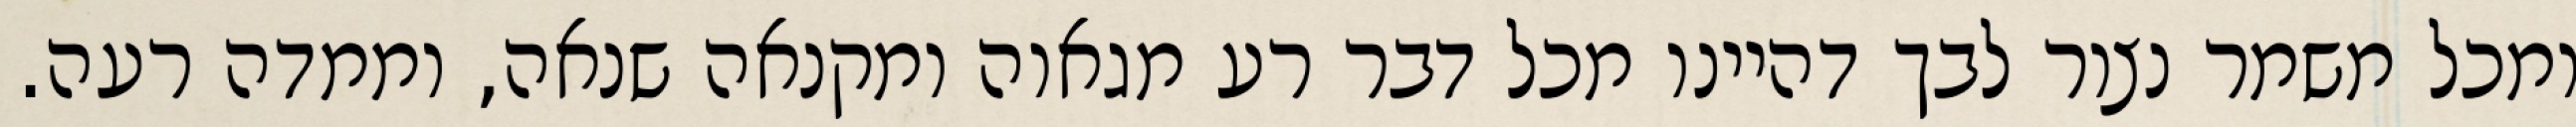
ומכל משמר נצור לבך דהיינו מכל דבר רע מגאוה ומקנאה שנאה, וממדה רעה.